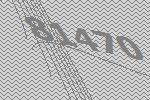
81470